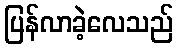
ပြန်လာခဲ့လေသည်